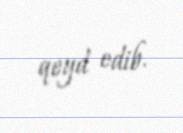
qeyd edib.